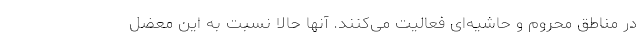
در مناطق محروم و حاشیه‌ای فعالیت می‌کنند. آنها حالا نسبت به این معضل